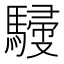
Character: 𩤿